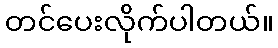
တင်ပေးလိုက်ပါတယ်။